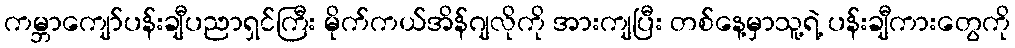
ကမ္ဘာကျော်ပန်းချီပညာရှင်ကြီး မိုက်ကယ်အိန်ဂျလိုကို အားကျပြီး တစ်နေ့မှာသူ့ရဲ့ ပန်းချီကားတွေကို